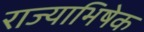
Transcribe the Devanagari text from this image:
राज्‍याभिषेक